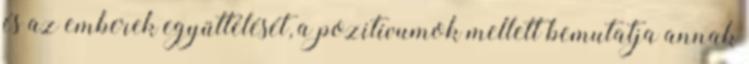
és az emberek együttélését, a pozitívumok mellett bemutatja annak